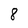
Character: 8